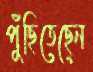
পুঁছিতেছেন